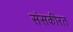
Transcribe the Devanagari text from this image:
संसकीरत